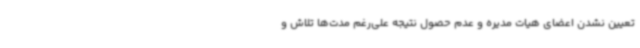
تعیین نشدن اعضای هیات مدیره و عدم حصول نتیجه علی‌رغم مدت‌ها تلاش و